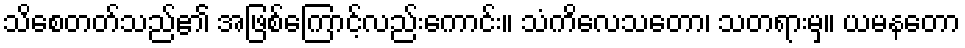
သိစေတတ်သည်၏ အဖြစ်ကြောင့်လည်းကောင်း။ သံကိလေသတော၊ သတရားမှ။ ယမနတော